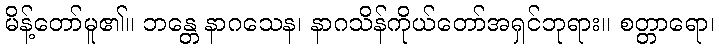
မိန့်တော်မူ၏။ ဘန္တေ နာဂသေန၊ နာဂသိန်ကိုယ်တော်အရှင်ဘုရား။ စတ္တာရော၊